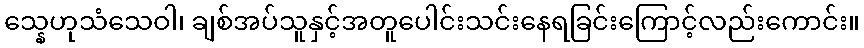
သ္နေဟုသံသေဝါ၊ ချစ်အပ်သူနှင့်အတူပေါင်းသင်းနေရခြင်းကြောင့်လည်းကောင်း။